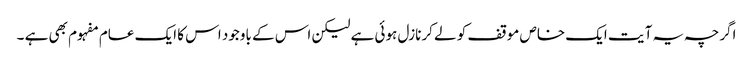
اگرچہ یہ آ یت ایک خاص موقف کو لے کرنازل ہوئی ہے لیکن اس کے باوجود اس کا ایک عام مفہوم بھی ہے ۔